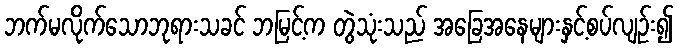
ဘက်မလိုက်သောဘုရားသခင် ဘမြင့်က တွဲသုံးသည် အခြေအနေများနှင့်စပ်လျဉ်း၍